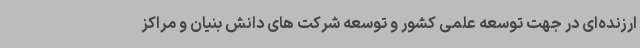
ارزنده‌ای در جهت توسعه علمی کشور و توسعه شرکت های دانش بنیان و مراکز